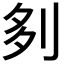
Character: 𠛫